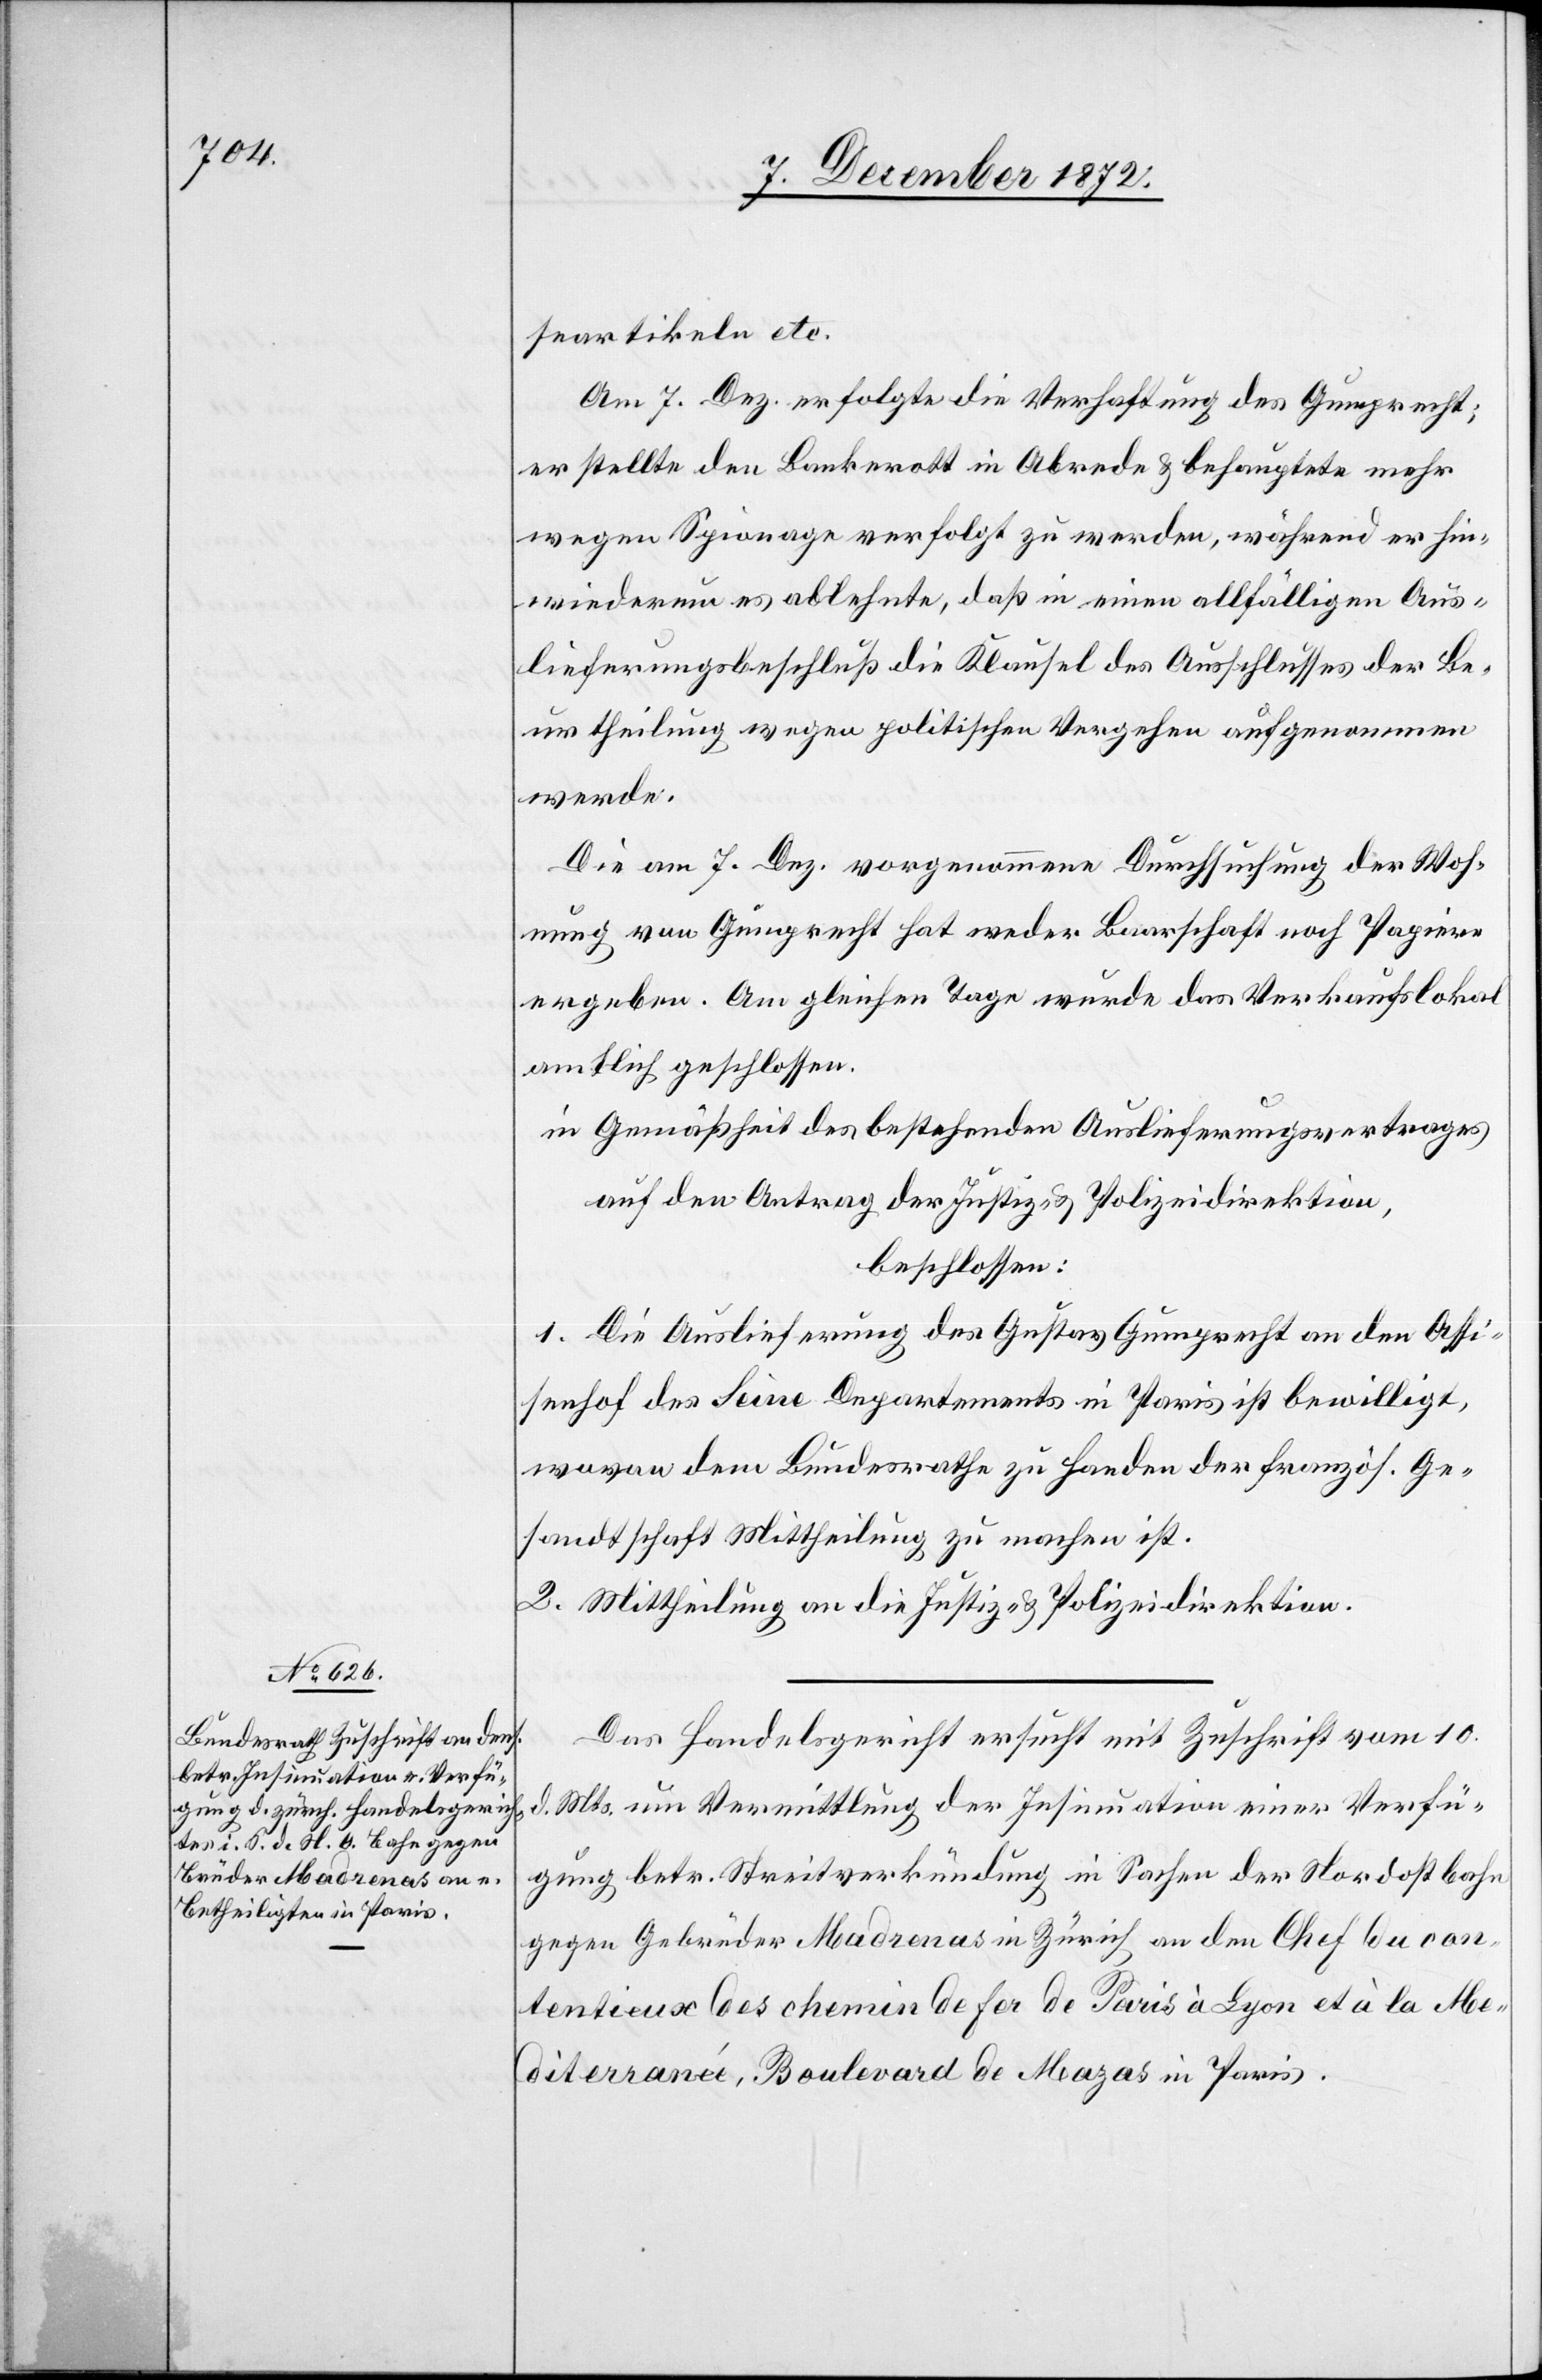
11. December 1872.]
seartikeln etc.
Am 7. Dez. erfolgte die Verhaftung des Gumprecht;
er stellte den Bankerott in Abrede u. behauptete mehr
wegen Spionage verfolgt zu werden, während er hin¬
wiederum es ablehnte, daß in einen allfälligen Aus¬
lieferungsbeschluß die Klausel des Ausschlusses der Be¬
urtheilung wegen politischen Vergehen aufgenommen
werde.
Die am 7. Dez. vorgenommene Durchsuchung der Woh¬
nung von Gumprecht hat weder Baarschaft noch Papiere
ergeben. Am gleichen Tage wurde das Verkaufslokal
amtlich geschlossen.
in Gemäßheit des bestehenden Auslieferungsvertrages
auf den Antrag der Justiz- u. Polizeidirektion,
beschlossen:
1. Die Auslieferung des Gustav Gumprecht an den Assi¬
senhof des Seine Departements in Paris ist bewilligt,
wovon dem Bundesrathe zu Handen der französ. Ge¬
sandtschaft Mittheilung zu machen ist.
2. Mittheilung an die Justiz- u. Polizeidirektion.
Das Handelsgericht ersucht mit Zuschrift vom 10.
d. Mts. um Vermittlung der Insinuation einer Verfü¬
gung betr. Streitverkündung in Sachen der Nordostbahn
gegen Gebrüder Madrenas in Zürich an den Chef du con¬
tentieux des chemin de fer de Paris à Lyon et à la Me¬
diterraneé, Boulevard de Mazas in Paris.